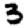
Digit: 3